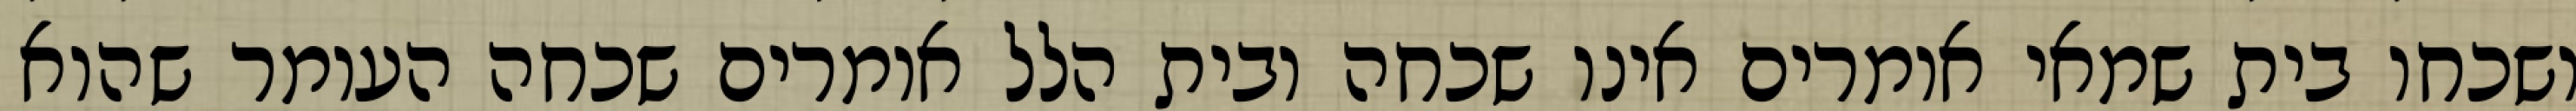
ושכחו בית שמאי אומרים אינו שכחה ובית הלל אומרים שכחה העומר שהוא